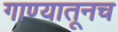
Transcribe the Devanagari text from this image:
गाण्यातूनच